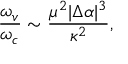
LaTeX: \frac { \omega _ { v } } { \omega _ { c } } \sim \frac { \mu ^ { 2 } | \Delta \alpha | ^ { 3 } } { \kappa ^ { 2 } } ,